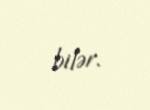
bilər.